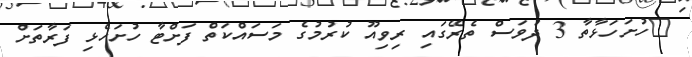
ހުށަހަޅާތާ 3 ދުވަސް ތެރޭގައި ރިވިއޫ ކުރުމުގެ މަސައްކަތް ފަށްޓާ ހުށަހެޅި ފަރާތަށް